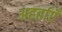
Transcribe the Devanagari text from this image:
अहर्ताएँ